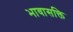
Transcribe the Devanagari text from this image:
भावासक्ति